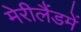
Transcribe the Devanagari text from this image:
मेरीलैंडमें